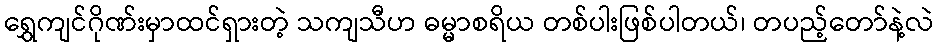
ရွှေကျင်ဂိုဏ်းမှာထင်ရှားတဲ့ သကျသီဟ ဓမ္မာစရိယ တစ်ပါးဖြစ်ပါတယ်၊ တပည့်တော်နဲ့လဲ